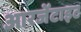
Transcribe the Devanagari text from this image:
आरजेंटाइट